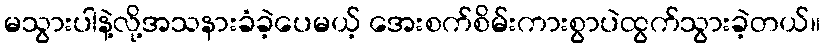
မသွားပါနဲ့လို့အသနားခံခဲ့ပေမယ့် အေးစက်စိမ်းကားစွာပဲထွက်သွားခဲ့တယ်။